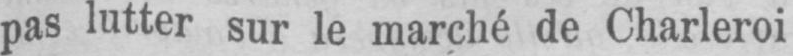
pas lutter sur le marché de Charleroi